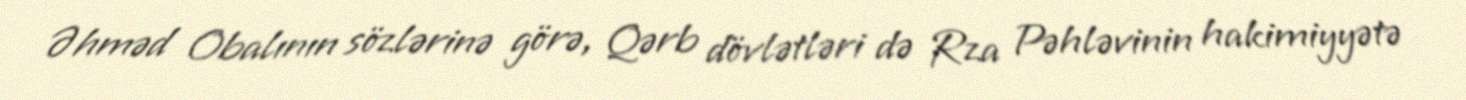
Əhməd Obalının sözlərinə görə, Qərb dövlətləri də Rza Pəhləvinin hakimiyyətə